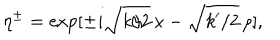
LaTeX: \eta ^ { \pm } = \exp [ \pm i \sqrt { k / 2 } \, x - \sqrt { k ^ { \prime } / 2 } \, \rho ] ,